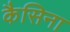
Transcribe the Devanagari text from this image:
कैसिना